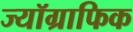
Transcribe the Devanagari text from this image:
ज्यॉग्राफिक